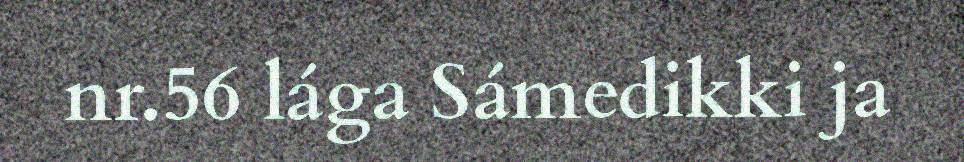
nr.56 lága Sámedikki ja